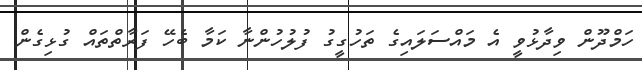
ހަމްދޫން ވިދާޅުވީ އެ މައްސަލައިގެ ތަހުގީގު ފުލުހުންނާ ކަމާ ބެހޭ ފަރާތްތައް ގުޅިގެން